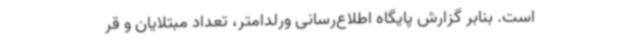
است. بنابر گزارش پایگاه اطلاع‌رسانی ورلدامتر، تعداد مبتلایان و قر